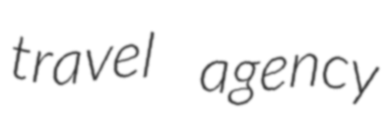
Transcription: travel agency